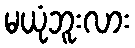
မယုံဘူးလား